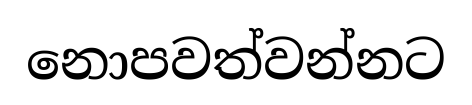
නොපවත්වන්නට